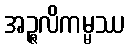
အဉ္ဇလိကမ္မဿ